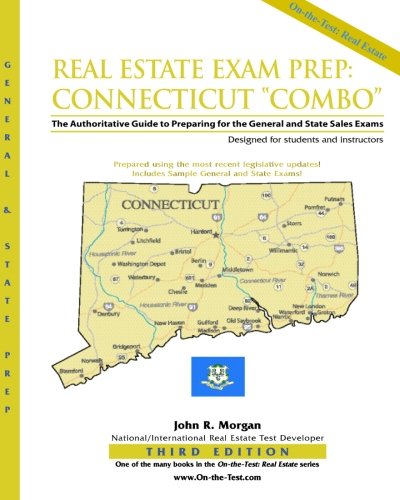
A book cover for Real Estate Exam Prep: Connecticut "Combo"-3rd edition: The Authoritative Guide to Preparing for the Connecticut General and State Sales Exams; John R. Morgan; Business & Money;